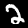
Label: 2